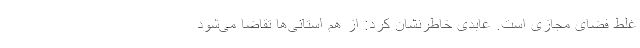
غلط فضای مجازی است. عابدی خاطرنشان کرد: از هم استانی‌ها تقاضا می‌شود